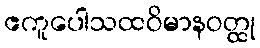
ဧကူပေါသထဝိမာနဝတ္ထု